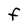
Character: F